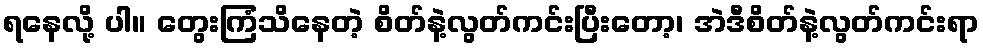
ရနေလို့ ပါ။ တွေးကြံသိနေတဲ့ စိတ်နဲ့လွတ်ကင်းပြီးတော့၊ အဲဒီစိတ်နဲ့လွတ်ကင်းရာ